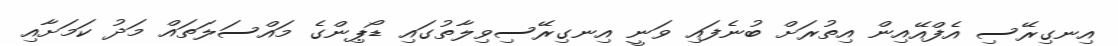
އިނގިރޭސި އެފްއޭއިން އިތުރަށް ބުނެފައި ވަނީ އިނގިރޭސިވިލާތުގައި ޑޯޕިންގެ މައްސަލަތައް މަދު ކަމަށާއި